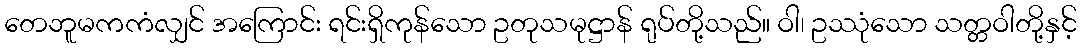
တေဘူမကကံလျှင် အကြောင်း ရင်းရှိကုန်သော ဥတုသမုဋ္ဌာန် ရုပ်တို့သည်။ ဝါ၊ ဥဿုံသော သတ္တဝါတို့နှင့်